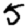
Digit: 5